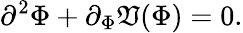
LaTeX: \partial^{2}\Phi+\partial_{\Phi}\mathfrak{V}(\Phi)=0.